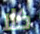
كلا